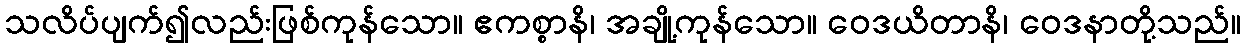
သလိပ်ပျက်၍လည်းဖြစ်ကုန်သော။ ဧကစ္စာနိ၊ အချို့ကုန်သော။ ဝေဒယိတာနိ၊ ဝေဒနာတို့သည်။